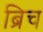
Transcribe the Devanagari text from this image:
ब्रिच